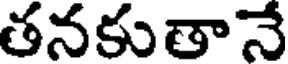
తనకుతానే